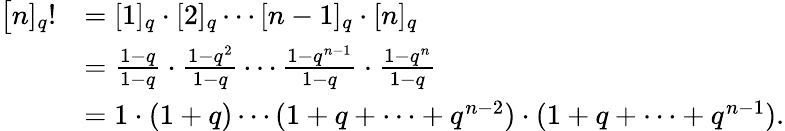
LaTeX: {\begin{array}{rl}{{\big[}n]_{q}!}&{=[1]_{q}\cdot[2]_{q}\cdots[n-1]_{q}\cdot[n]_{q}}\\ &{={\frac{1-q}{1-q}}\cdot{\frac{1-q^{2}}{1-q}}\cdots{\frac{1-q^{n-1}}{1-q}}\cdot{\frac{1-q^{n}}{1-q}}}\\ &{=1\cdot(1+q)\cdots(1+q+\cdots+q^{n-2})\cdot(1+q+\cdots+q^{n-1}).}\end{array}}